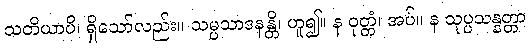
သတိယာပိ၊ ရှိသော်လည်း။ သမ္ပသာဒနန္တိ၊ ဟူ၍။ န ဝုတ္တံ၊ အပ်။ န သုပ္ပသန္နတ္တာ